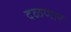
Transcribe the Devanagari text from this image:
दळणार